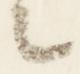
々